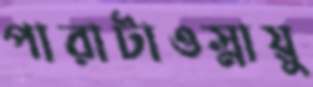
পারাটাওস্নায়ু